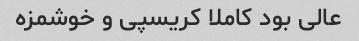
عالی بود کاملا کریسپی و خوشمزه